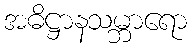
အဓိဋ္ဌာနသမ္ဘာရော